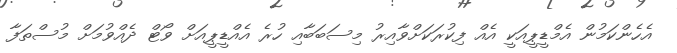
އެހެންކަމުން އެމްޑީޕީއަކީ އެއް ފިކުރަކަށްވާއިރު މިސަބަބާއި ހުރެ އެއްޑީޕީއަށް ވޯޓް ދެއްވުމަށް މުސްތަފާ